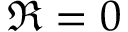
\Re = 0